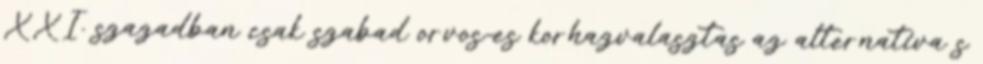
XXI. szazadban csak szabad orvos-es korhazvalasztas az alternativa s